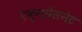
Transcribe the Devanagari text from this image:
एक्सप्रेसनेट